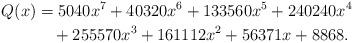
LaTeX: \begin{align*}Q(x)&=5040 x^7+40320 x^6+133560 x^5+240240 x^4\\&\quad+255570 x^3+161112 x^2+56371 x+8868.\end{align*}